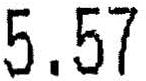
5.57